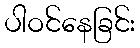
ပါဝင်နေခြင်း